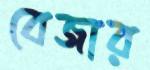
বেজার